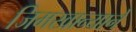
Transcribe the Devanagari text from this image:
जिमखान्याने